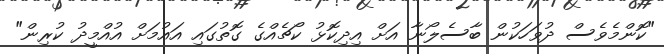
"ކޮންމެވެސް ދުވަހަކުން ބާސެލޯނާ އަށް އިދިކޮޅު ކޯޗެއްގެ ގޮތުގައި އައުމަށް އުއްމީދު ކުރިން"